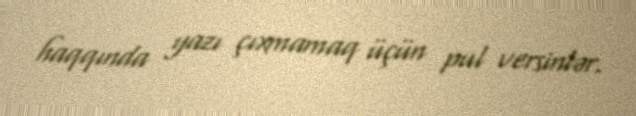
haqqında yazı çıxmamaq üçün pul versinlər.